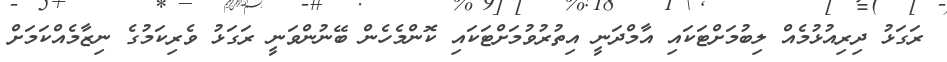
ރަގަޅު ދިރިއުޅުމެއް ލިބުމަށްޓަކައި އާމްދަނީ އިތުރުވުމަށްޓަކައި ކޮންމެހެން ބޭނުންވަނީ ރަގަޅު ވެރިކަމުގެ ނިޒާމެއްކަމަށް